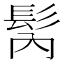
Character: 𩬀